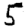
Digit: 5